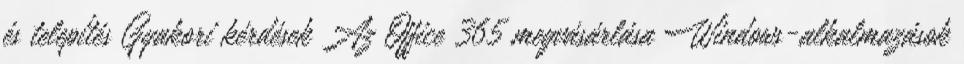
és telepítés Gyakori kérdések Az Office 365 megvásárlása Windows-alkalmazások